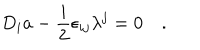
D _ { i } a - { \frac { i } { 2 } } \epsilon _ { i j } \lambda ^ { j } = 0 \quad .